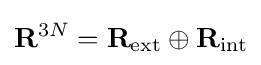
\mathbf {R} ^{3N}=\mathbf {R} _{\textrm {ext}}\oplus \mathbf {R} _{\textrm {int}}